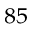
^ { 8 5 }